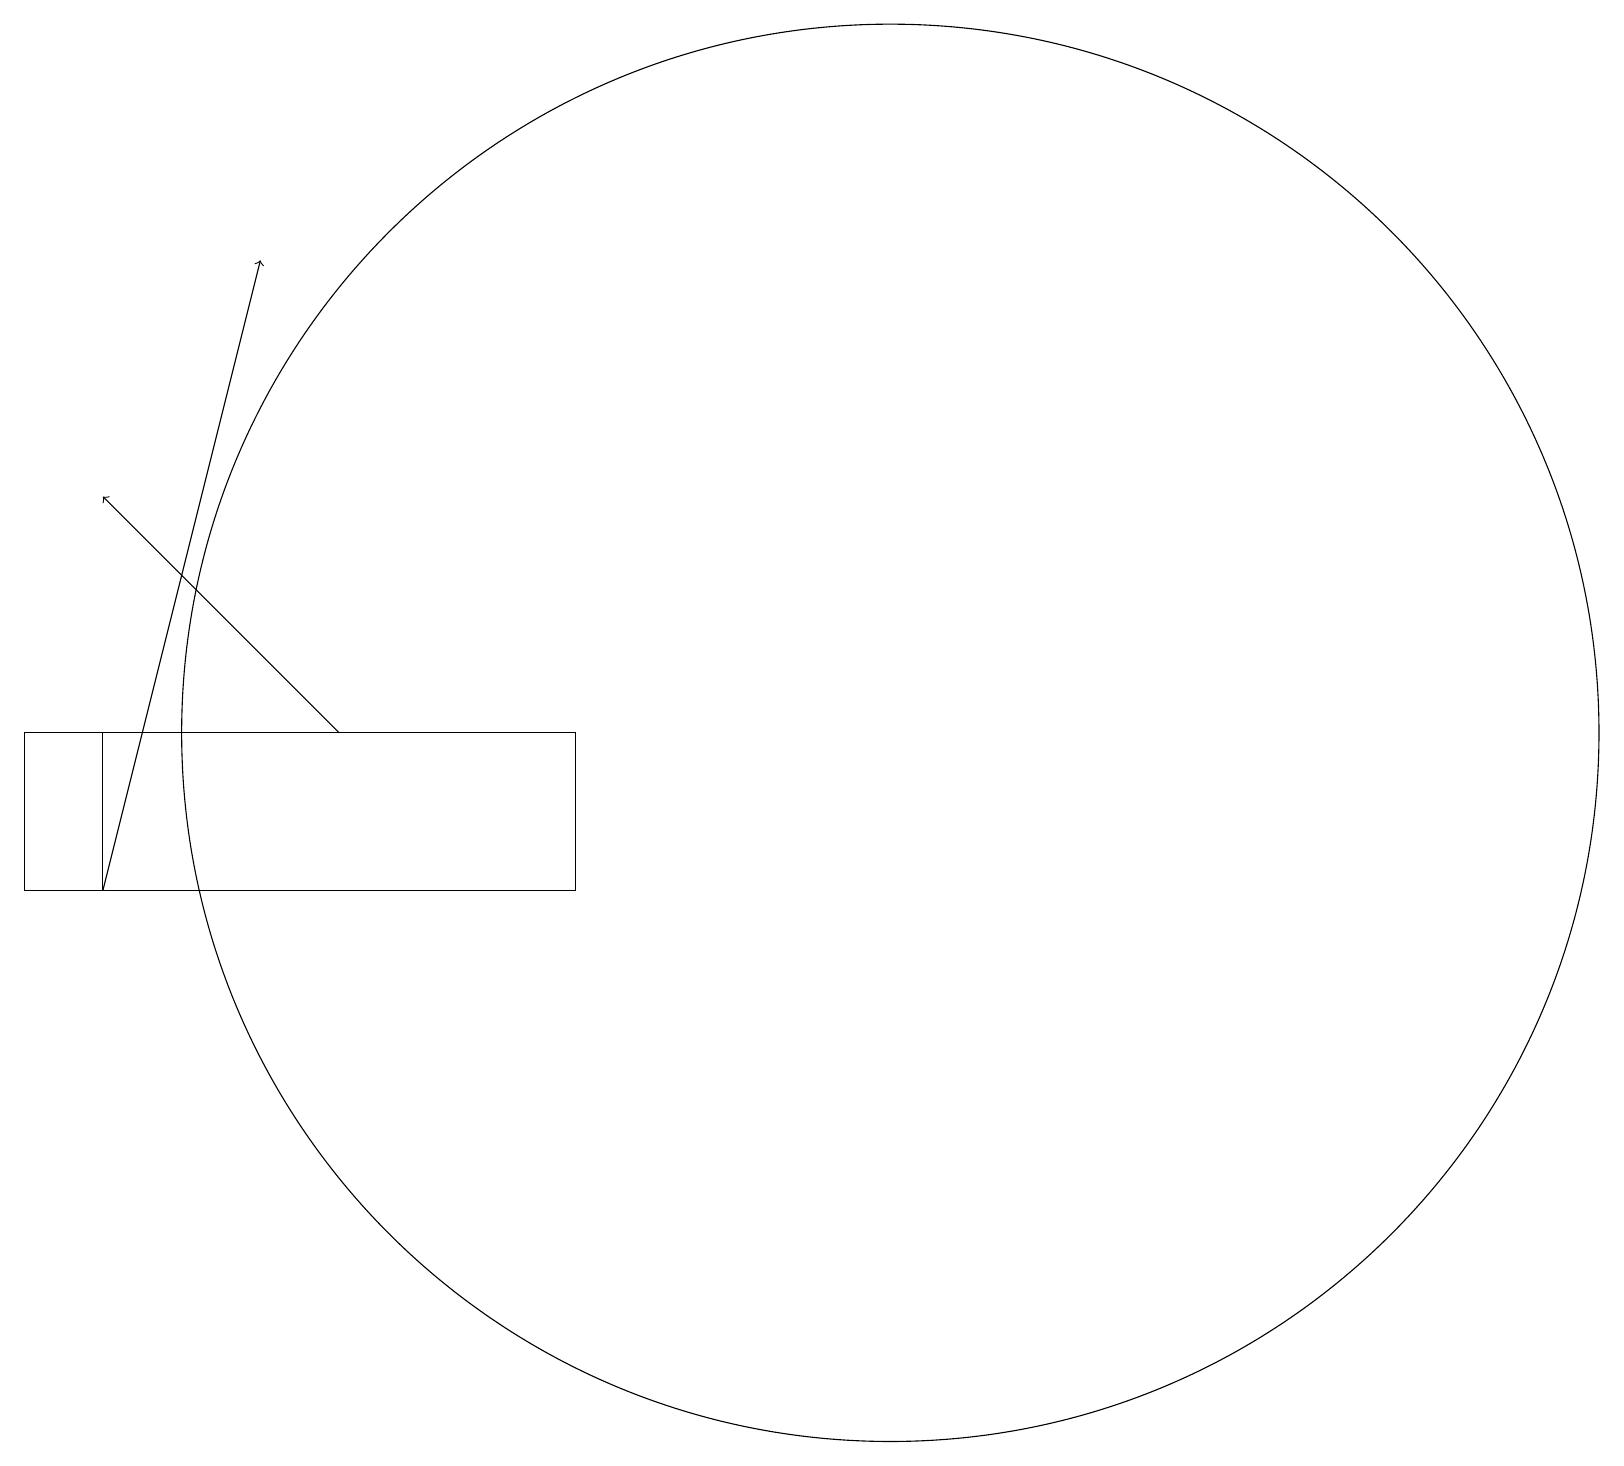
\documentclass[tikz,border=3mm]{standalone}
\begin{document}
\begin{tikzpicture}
\draw[->] (4,12) -- (1,15);
\draw (11,12) circle (9);
\draw (7,12) rectangle (1,10);
\draw[->] (1,10) -- (3,18);
\draw (1,12) rectangle (0,10);
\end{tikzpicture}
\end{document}